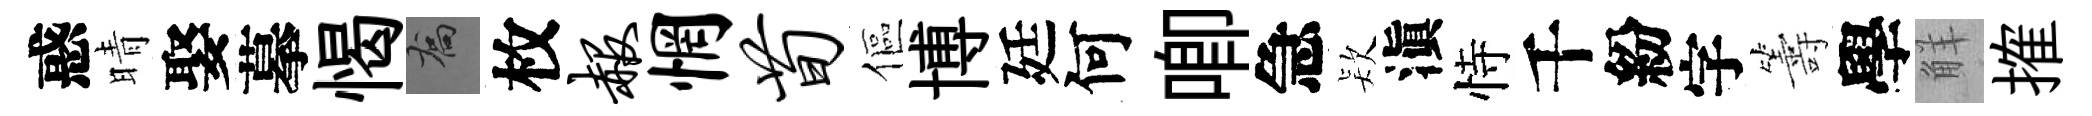
惑晴娶摹愒喬枚赧惘荀傴博廷何唧急𣣇滇恃千紛字籌學觧搉